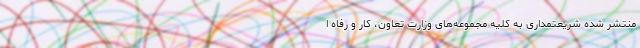
منتشر شده شریعتمداری به کلیه مجموعه‌های وزارت تعاون، کار و رفاه ا